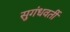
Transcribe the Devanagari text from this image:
सुगंधवर्ती